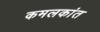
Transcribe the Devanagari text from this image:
कमलकांत